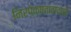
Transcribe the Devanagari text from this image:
निरपेक्षतावादाची